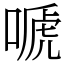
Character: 嗁